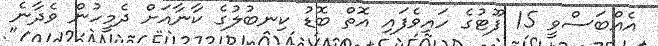
އެއްބަސްވީ 15 ފޫޓުގެ ހައިވެފައި އޮތް ބޮޑު ކިނބުލުގެ ކާނާއަށް ދެމީހުން ވެދާނެ